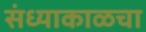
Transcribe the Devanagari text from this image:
संध्याकाळचा